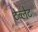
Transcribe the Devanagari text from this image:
टेब्लेट